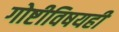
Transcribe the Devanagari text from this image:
गोष्टीविषयही